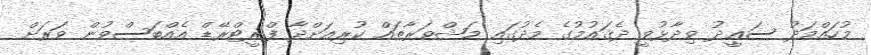
މުހައްމަދު ސަޢީދު ވިދާޅުވީ ދެޤައުމުގެ މެދުގައި މަޝްވަރާތައް ކުރިއަށްދާ ފްޜީޓްރޭޑް އެއްބަސްވުން ވަރަށް